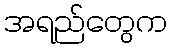
အရည်တွေက